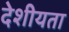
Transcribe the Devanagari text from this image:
देशीयता